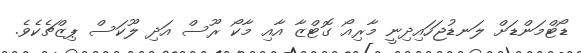
ޑޯޓްމަންޑަށް ލަނޑުޖަހައިދިނީ މާރިއޯ ގޮޓްޒާ އާއި މާކޯ ރޫސް އަދި ލޫކަސް ޕިޒްޗެކެވެ.